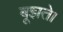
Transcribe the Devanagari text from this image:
बूझते।